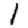
Digit: 1